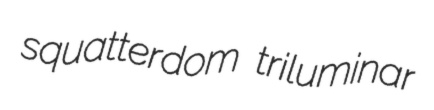
squatterdom triluminar